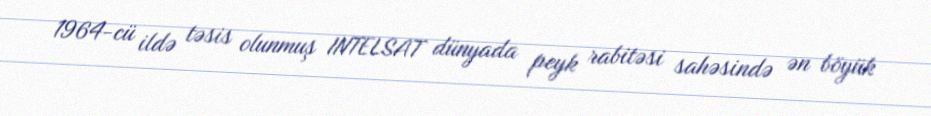
1964-cü ildə təsis olunmuş INTELSAT dünyada peyk rabitəsi sahəsində ən böyük